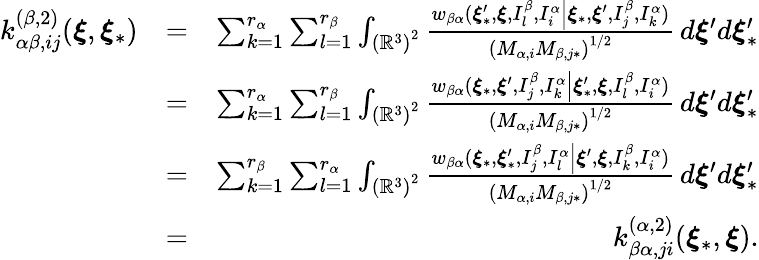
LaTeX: \begin{array}{rlr}{k_{\alpha\beta,ij}^{\left(\beta,2\right)}(\boldsymbol{\xi},\boldsymbol{\xi}_{\ast})}&{=}&{\sum_{k=1}^{r_{\alpha}}\sum_{l=1}^{r_{\beta}}\int_{\left(\mathbb{R}^{3}\right)^{2}}\frac{w_{\beta\alpha}(\boldsymbol{\xi}_{\ast}^{\prime},\boldsymbol{\xi},I_{l}^{\beta},I_{i}^{\alpha}\left\vert\boldsymbol{\xi}_{\ast},\boldsymbol{\xi}^{\prime},I_{j}^{\beta},I_{k}^{\alpha}\right.)}{\left(M_{\alpha,i}M_{\beta,j\ast}\right)^{1/2}}\, d\boldsymbol{\xi}^{\prime}d\boldsymbol{\xi}_{\ast}^{\prime}}\\ &{=}&{\sum_{k=1}^{r_{\alpha}}\sum_{l=1}^{r_{\beta}}\int_{\left(\mathbb{R}^{3}\right)^{2}}\frac{w_{\beta\alpha}(\boldsymbol{\xi}_{\ast},\boldsymbol{\xi}^{\prime},I_{j}^{\beta},I_{k}^{\alpha}\left\vert\boldsymbol{\xi}_{\ast}^{\prime},\boldsymbol{\xi},I_{l}^{\beta},I_{i}^{\alpha}\right.)}{\left(M_{\alpha,i}M_{\beta,j\ast}\right)^{1/2}}\, d\boldsymbol{\xi}^{\prime}d\boldsymbol{\xi}_{\ast}^{\prime}}\\ &{=}&{\sum_{k=1}^{r_{\beta}}\sum_{l=1}^{r_{\alpha}}\int_{\left(\mathbb{R}^{3}\right)^{2}}\frac{w_{\beta\alpha}(\boldsymbol{\xi}_{\ast},\boldsymbol{\xi}_{\ast}^{\prime},I_{j}^{\beta},I_{l}^{\alpha}\left\vert\boldsymbol{\xi}^{\prime},\boldsymbol{\xi},I_{k}^{\beta},I_{i}^{\alpha}\right.)}{\left(M_{\alpha,i}M_{\beta,j\ast}\right)^{1/2}}\, d\boldsymbol{\xi}^{\prime}d\boldsymbol{\xi}_{\ast}^{\prime}}\\ &{=}&{k_{\beta\alpha,ji}^{\left(\alpha,2\right)}(\boldsymbol{\xi}_{\ast},\boldsymbol{\xi})\mathrm{.}}\end{array}